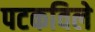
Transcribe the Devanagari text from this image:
पटकविले